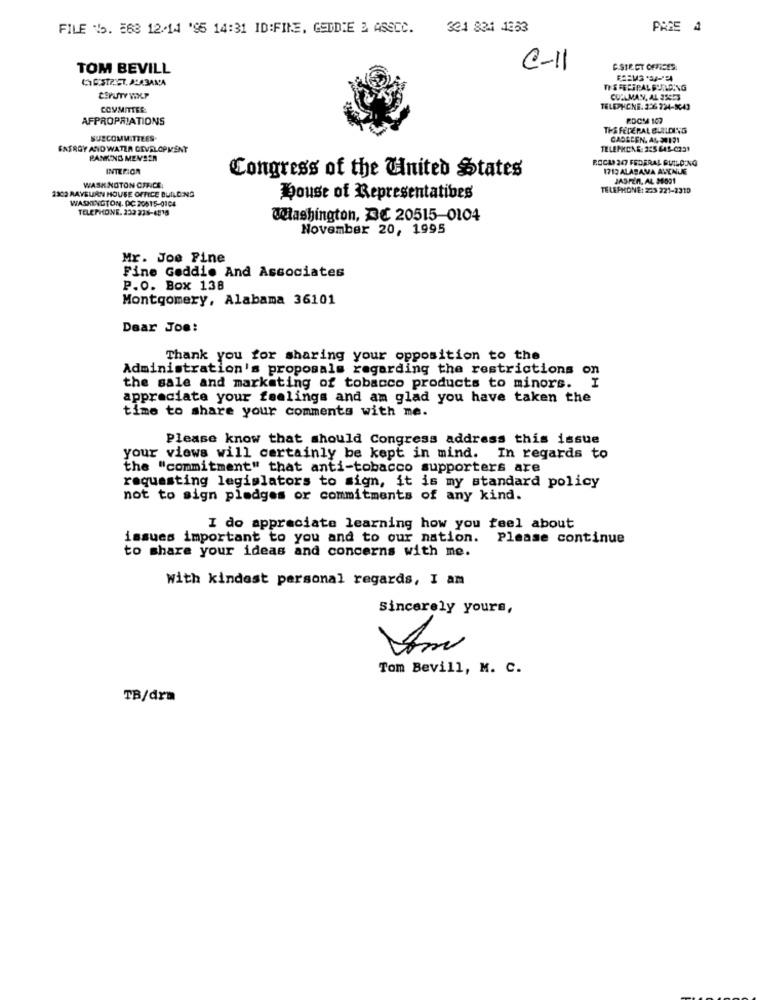
FILE 5. 863 12-14 '95 14:31 ID:FINE, GEDDIE & ASSCC.
3@1 834 1353
PREE 4
TOM BEVILL
C-11
C.STE CT OFFICES.
CESTRIST, ALABAMA
TY'S FEDERAL FUNDING
CEPUTY VIXLP
CUALMAN, AL 35853
COMMITTEE
TELEPHONE. 256 224-8043
AFPROPRIATIONS
RDCM 107
THE FEDERAL BUILDING
SUBCOMMITTEES.
CADSCEN. AL. 20121
FATRGY AND WATER DEVELOPMENT
TELEPHONE: 225 645-0231
PANKIND MENSEN
ROCA 247 FEDERAL BUILDING
INTERIOR
Congress of the United States
1712 ALABAMA AVENUE
WASK NOTON OFFICE.
JASPER, AL 38001
2302 RAYBURN HOUSE OFFICE BUILDING
TELEPHONE: 223 221-2310
WASHINGTON, DC 20515-0104
Douse of Representatives
TELEPHONE. 232 238-4815
Washington, 3€ 20515-0104
November 20, 1995
Mr. Joe Fine
Fine Goddie And Associates
P.O. Box 138
Montgomery, Alabama 36101
Dear Joe:
Thank you for sharing your opposition to the
Administration's proposals regarding the restrictions on
the sale and marketing of tobacco products to minors. I
appreciate your feelings and am glad you have taken the
time to share your comments with me.
Please know that should Congress address this issue
your views will certainly be kept in mind. In regards to
the "commitment" that anti-tobacco supporters are
requesting legislators to sign, it is my standard policy
not to sign pledges or commitments of any kind.
I do appreciate learning how you feel about
issues important to you and to our nation.
Please continue
to share your ideas and concerns with me.
With kindest personal regards, I am
Sincerely yours,
Tom Bevill, M. C.
TB/dra